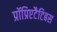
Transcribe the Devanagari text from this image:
प्रॉप्रिएटैटिबस